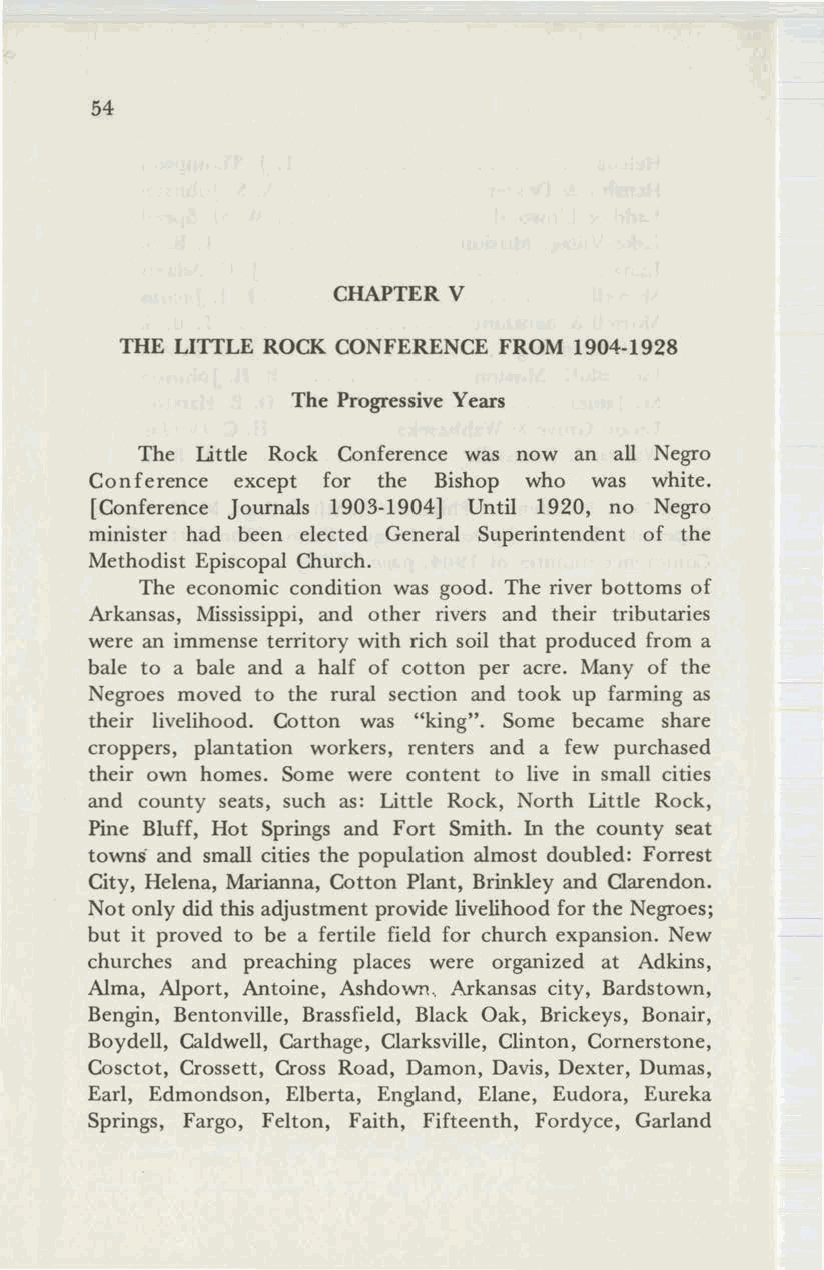
54
 CHAPTER V
 THE LITTLE ROCK CONFERENCE FROM 1904-1928
 The Progressive Years
 The Little Rock Conference was now an all Negro
 Conference except for the Bishop who was white.
 [Conference Journals 1903-1904] Until 1920, no Negro
 minister had been elected General Superintendent of the
 Methodist Episcopal Church.
 The economic condition was good. The river bottoms of
 Arkansas, Mississippi, and other rivers and their tributaries
 were an immense territory with rich soil that produced from a
 bale to a bale and a half of cotton per acre. Many of the
 Negroes moved to the rural section and took up farming as
 their livelihood. Cotton was "king". Some became share
 croppers, plantation workers, renters and a few purchased
 their own homes. Some were content to live in small cities
 and county seats, such as: Little Rock, North Little Rock,
 Pine Bluff, Hot Springs and Fort Smith. In the county seat
 towns and small cities the population almost doubled: Forrest
 City, Helena, Marianna, Cotton Plant, Brinkley and Clarendon.
 Not only did this adjustment provide livelihood for the Negroes;
 but it proved to be a fertile field for church expansion. New
 churches and preaching places were organized at Adkins,
 Alma, Alport, Antoine, Ashdown.. Arkansas city, Bardstown,
 Bengin, Bentonville, Brassfield, Black Oak, Brickeys, Bonair,
 Boydell, Caldwell, Carthage, Clarksville, Clinton, Cornerstone,
 Cosctot, Crossett, Cross Road, Damon, Davis, Dexter, Dumas,
 Earl, Edmondson, Elberta, England, Elane, Eudora, Eureka
 Springs, Fargo, Felton, Faith, Fifteenth, Fordyce, Garland